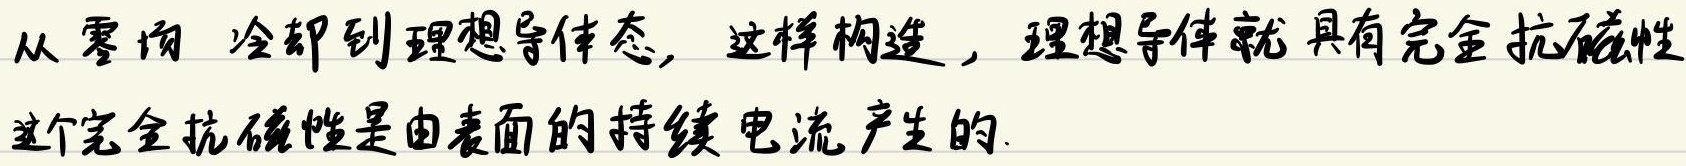
从零场 冷却到理想导体态, 这样构造 , 理想导体就具有完全抗磁性
这个完全抗磁性是由表面的持续电流产生的.